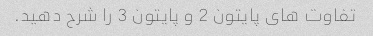
تفاوت های پایتون 2 و پایتون 3 را شرح دهید.